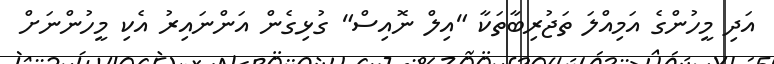
އަދި މީހުންގެ އަމިއްލަ ތަޖުރިބާތަކާ "އިލް ނޮއިސް" ގުޅިގެން އަންނައިރު އެކި މީހުންނަށް